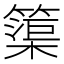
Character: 𮆒